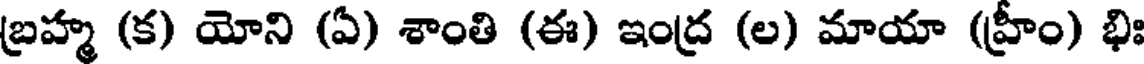
బ్రహ్మ (క) యోని (ఏ) శాంతి (ఈ) ఇంద్ర (ల) మాయా (హ్రీం) భిః